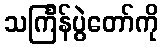
သင်္ကြန်ပွဲတော်ကို